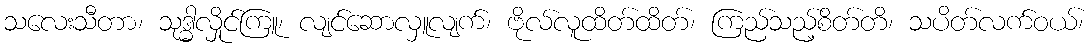
သလေးသီတာ၊ သုဒ္ဓါလှိုင်ကြူ၊ လျင်ဆောလှူလျက်၊ ဗိုလ်လူထိတ်ထိတ်၊ ကြည်သည့်စိတ်တိ၊ သပိတ်လက်ဝယ်၊